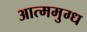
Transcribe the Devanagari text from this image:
आत्ममुग्ध